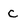
Character: c